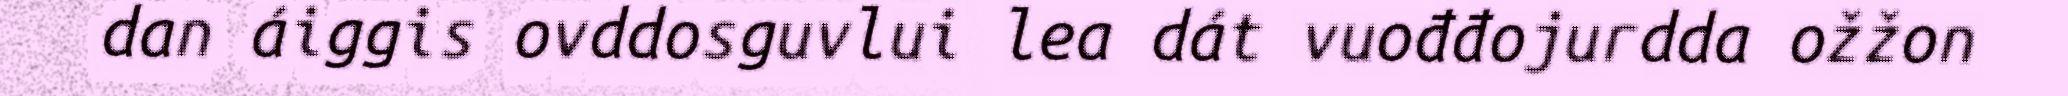
dan áiggis ovddosguvlui lea dát vuođđojurdda ožžon